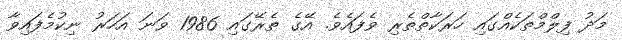
މަދު ފިލްމްތަކެއްގައި ހަރަކާތްތެރި ވެފައެވެ. އޭގެ ތެރޭގައި 1986 ވަނަ އަހަރު ނިކުމެފައިވާ